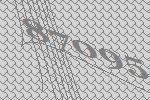
87095